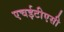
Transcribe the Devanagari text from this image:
एचईटीएसी